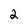
Character: 2